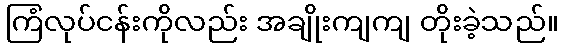
ကြံလုပ်ငန်းကိုလည်း အချိုးကျကျ တိုးခဲ့သည်။